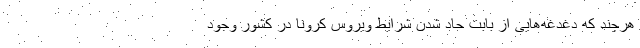
هرچند که دغدغه‌هایی از بابت حاد شدن شرایط ویروس کرونا در کشور وجود